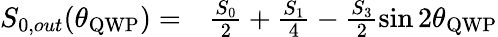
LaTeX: \begin{array}{rl}{S_{0,out}(\theta_{\mathrm{QWP}})=}&{{}\frac{S_{0}}{2}+\frac{S_{1}}{4}-\frac{S_{3}}{2}\sin{2\theta_{\mathrm{QWP}}}}\end{array}